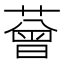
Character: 𦼏